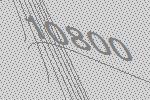
10800